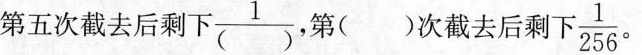
第五次截去后剩下 \frac{1}{()} ,第()次截去后剩 下 \frac{1}{256} 。